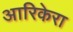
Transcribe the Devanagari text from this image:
आरिकेरा